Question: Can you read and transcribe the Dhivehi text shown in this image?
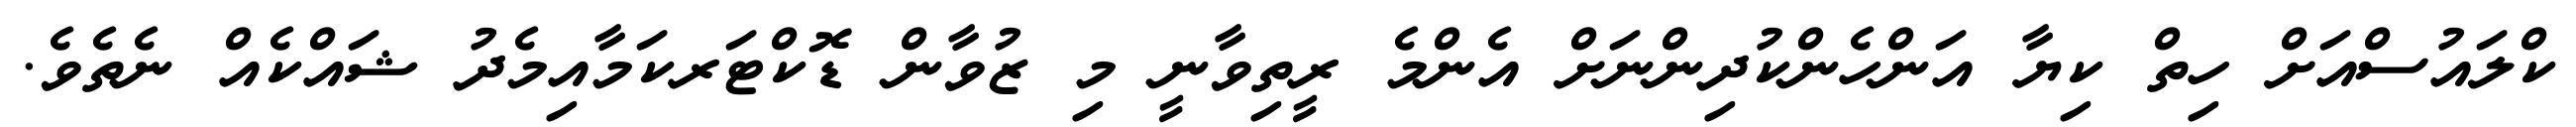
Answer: ކްލައުސްއަށް ހިތް ކިޔާ އަންހެންކުދިންނަށް އެންމެ ރީތިވާނީ މި ޒުވާން ޑޮކްޓަރކަމާއިމެދު ޝައްކެއް ނެތެވެ.